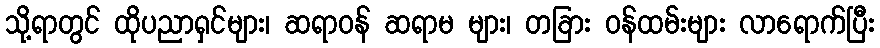
သို့ရာတွင် ထိုပညာရှင်များ၊ ဆရာဝန် ဆရာမ များ၊ တခြား ဝန်ထမ်းများ လာရောက်ပြီး